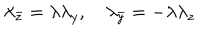
\lambda _ { \bar { z } } = \lambda \lambda _ { y } , \quad \lambda _ { \bar { y } } = - \lambda \lambda _ { z }